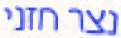
נצר חזני